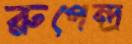
রুপেন্দ্র